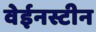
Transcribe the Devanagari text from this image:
वेईनस्टीन